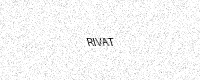
Text: RIVAT